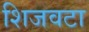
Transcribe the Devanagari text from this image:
शिजवटा